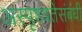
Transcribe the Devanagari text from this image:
अस्पृश्यतेसंबंधी